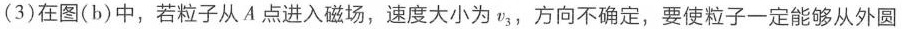
(3)在图(b)中，若粒子从A点进入磁场，速度大小为v3，方向不确定，要使粒子一定能够从外圆